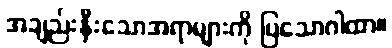
အချည်းနှီးသောအရာများကို ပြသောဂါထာ။